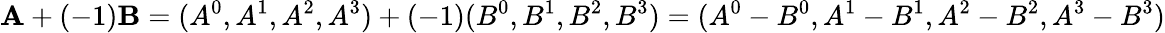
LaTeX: \mathbf{A}+(-1)\mathbf{B}=(A^{0},A^{1},A^{2},A^{3})+(-1)(B^{0},B^{1},B^{2},B^{3})=(A^{0}-B^{0},A^{1}-B^{1},A^{2}-B^{2},A^{3}-B^{3})